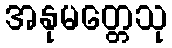
အနုမတ္တေသု